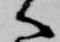
へ